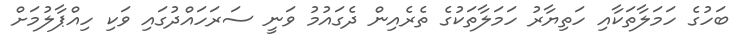
ބަހުގެ ހަމަލާތަކާއި ހަތިޔާރު ހަަމަލާތަކުގެ ތެރެއިން ދެގައުމު ވަނީ ސަރަހައްދުގައި ވަކި ހިއްޕާލުމަށް